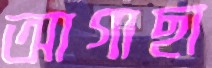
আগাছা